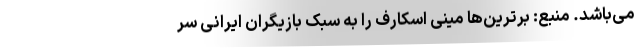
می‌باشد. منبع: برترین‌ها مینی اسکارف را به سبک بازیگران ایرانی سر